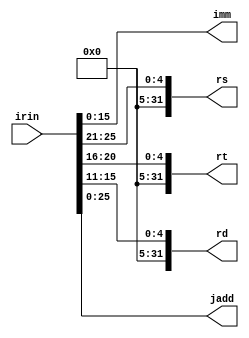
module ir(irin,imm,rs,rt,rd,jadd);
  
  
  //input IrWr;
  input [31:0]irin;
  output [15:0]imm;
  
  output [31:0]rs,rt,rd;
  output [25:0]jadd;            //????
  
  wire [31:0]temp;
  
 
 
  assign temp=irin;
  assign imm={temp[15:0]};
  assign rs={{27{1'b0}},temp[25:21]};
  assign rt={{27{1'b0}},temp[20:16]};
  assign rd={{27{1'b0}},temp[15:11]};
  assign jadd={temp[25:0]};
  
endmodule